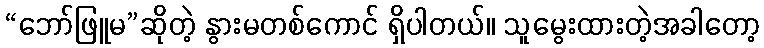
“ဘော်ဖြူမ”ဆိုတဲ့ နွားမတစ်ကောင် ရှိပါတယ်။ သူမွေးထားတဲ့အခါတော့